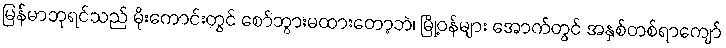
မြန်မာဘုရင်သည် မိုးကောင်းတွင် စော်ဘွားမထားတော့ဘဲ၊ မြို့ဝန်များ အောက်တွင် အနှစ်တစ်ရာကျော်